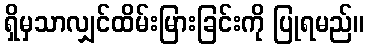
ရှိမှသာလျှင်ထိမ်းမြားခြင်းကို ပြုရမည်။